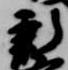
新